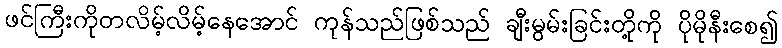
ဖင်ကြီးကိုတလိမ့်လိမ့်နေအောင် ကုန်သည်ဖြစ်သည် ချီးမွမ်းခြင်းတို့ကို ပိုမိုနီးစေ၍